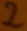
Text: 2